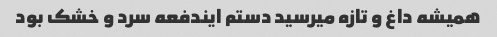
همیشه داغ و تازه میرسید دستم ایندفعه سرد و خشک بود